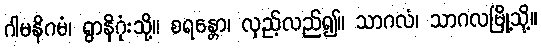
ဂါမနိဂမံ၊ ရွာနိဂုံးသို့။ စရန္တော၊ လှည့်လည်၍။ သာဂလံ၊ သာဂလမြို့သို့။